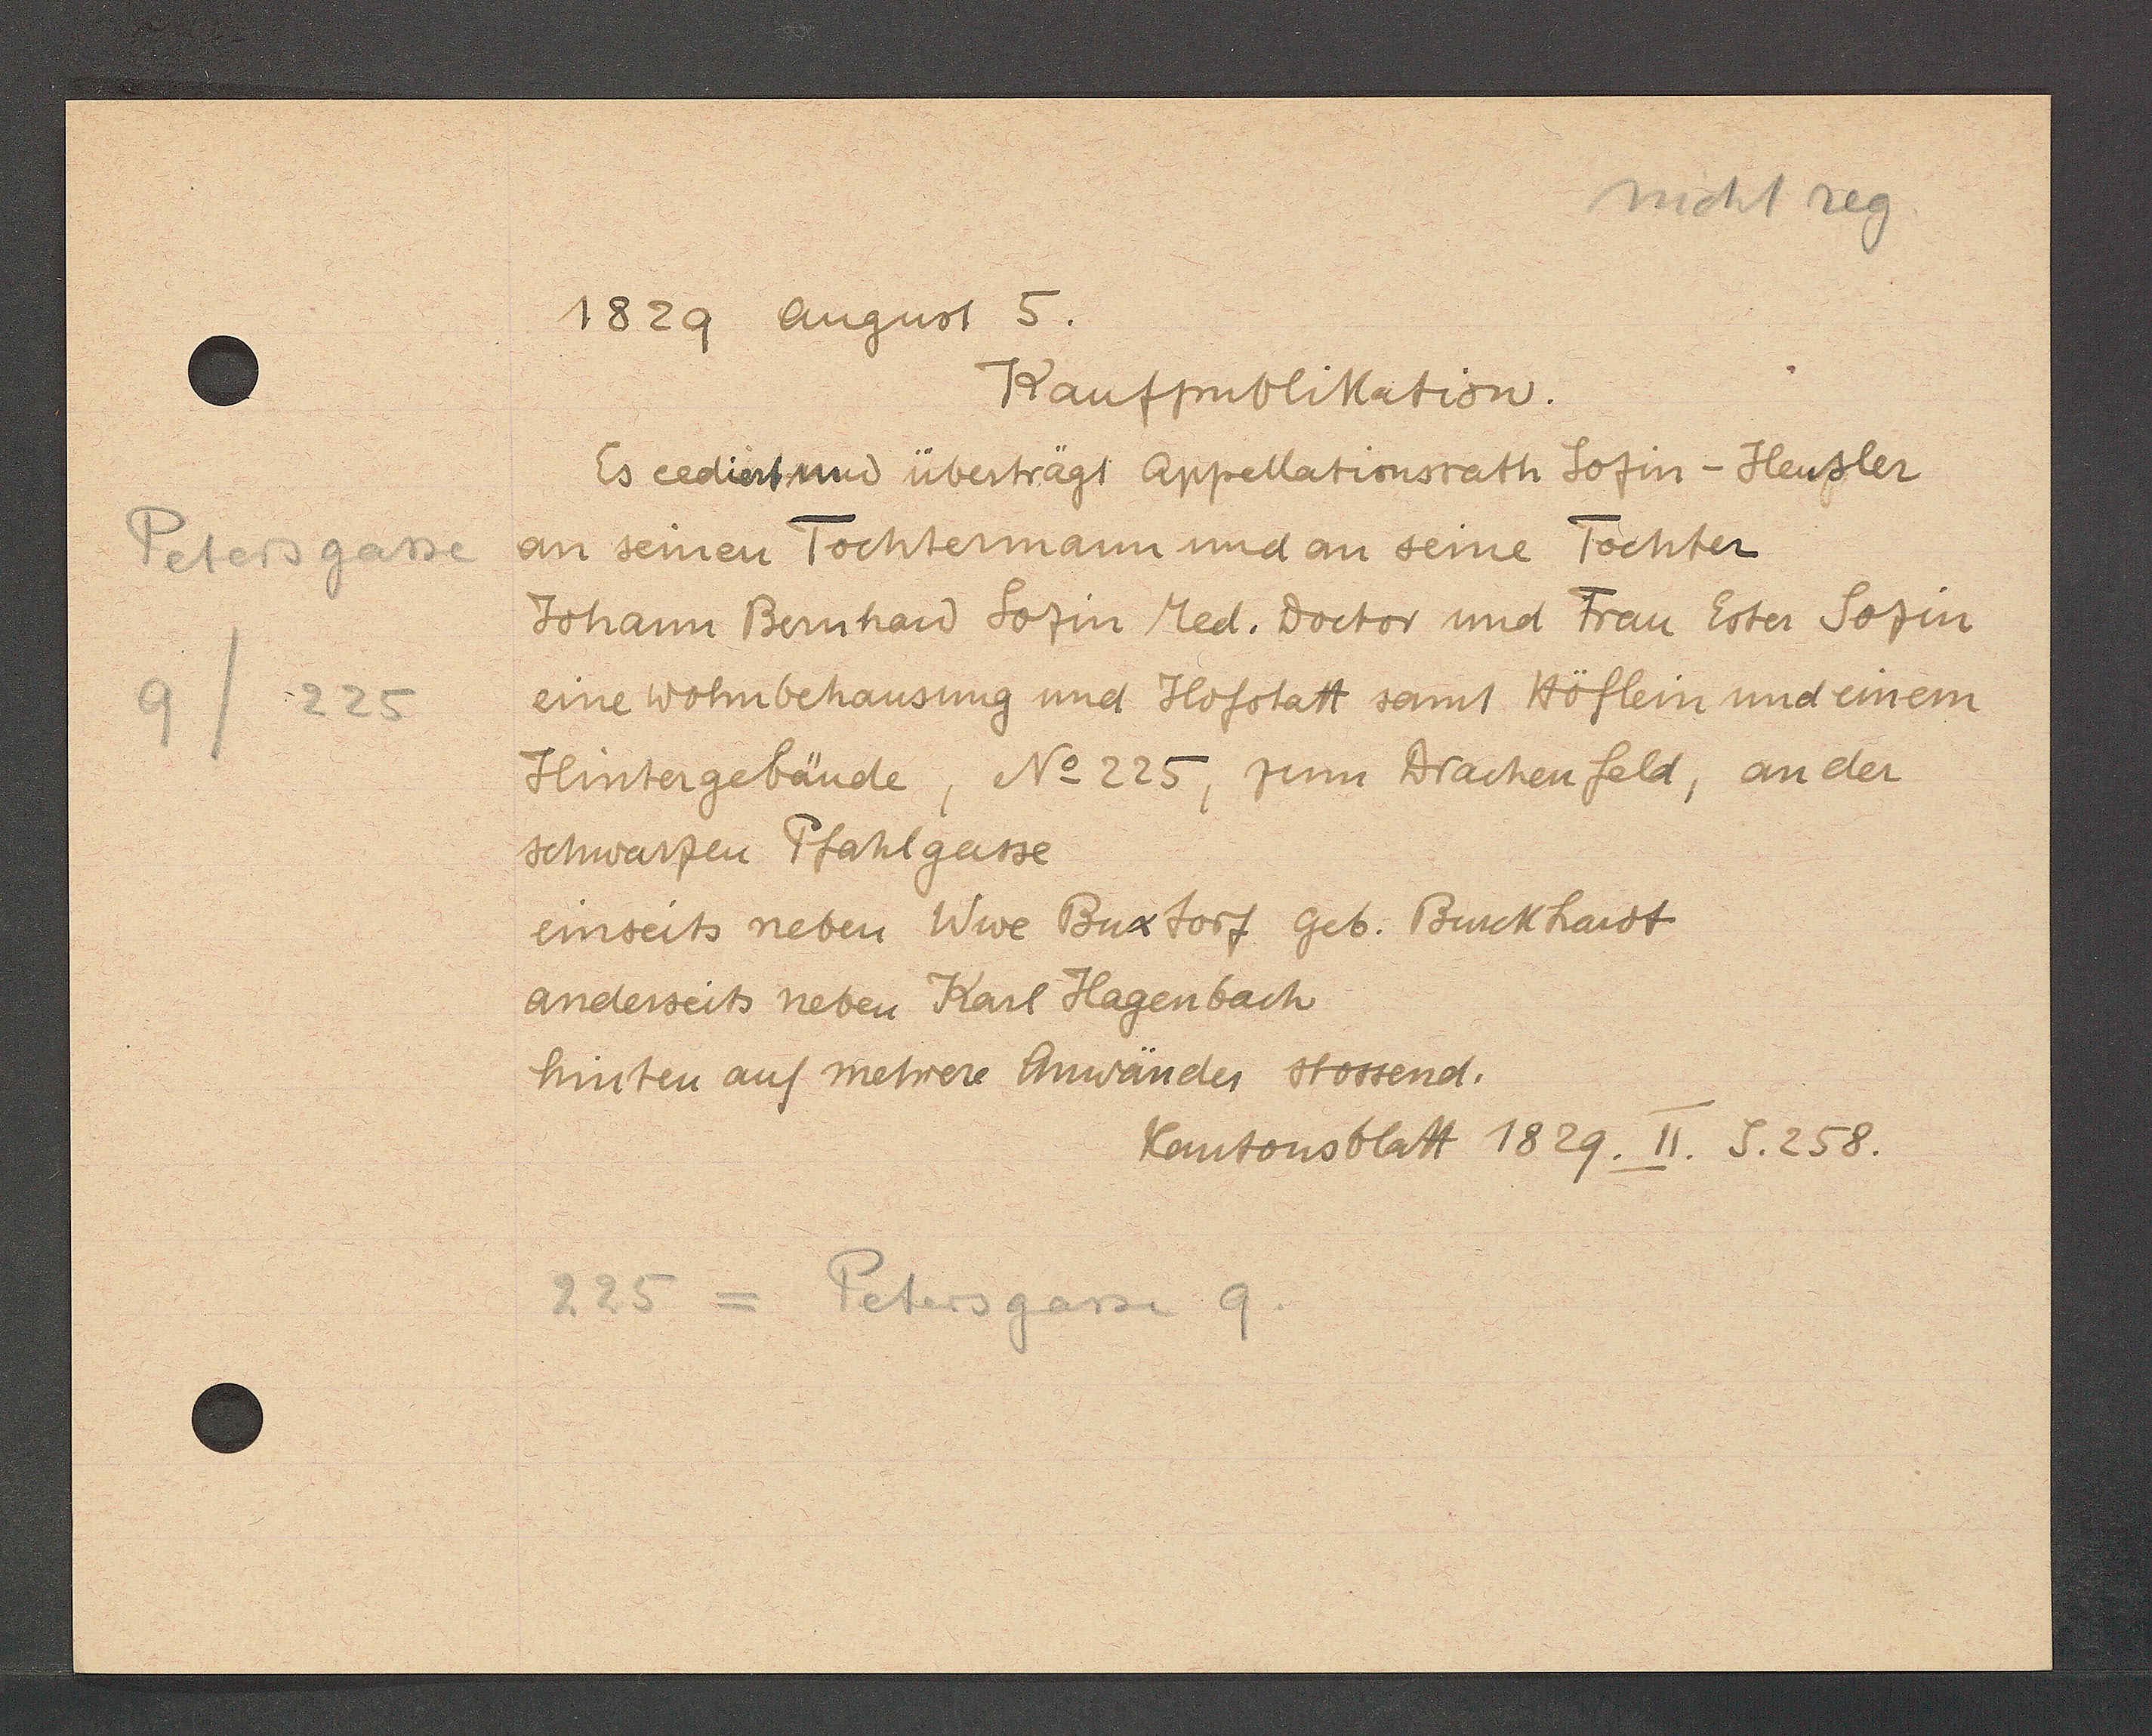
Transcript:
Petersgasse
9
225

1829 August 5.

Kaufpubliktation.
Es cedirt und übertragt Appellationsrath Sofin- Heusler
an seinen Tochtermann und an seine
Tochter
Johann Bernhard Sofin Med. Doctor und Frau Ester Sofin
eine Wohnbehausung und Hofstatt samt Höflein und einem
Hintergebäude, No. 225, zum Drachenfeld, an der
schwarzen Pfahlgasse
einseits neben Wwe Buxtorf geb. Burckhardt
anderseits neben Karl Hagenbach
hinten auf mehrere Anwänder stossend.

Kantonsblatt 1829. II. S. 258.

225 = Petersgasse 9